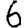
Digit: 6